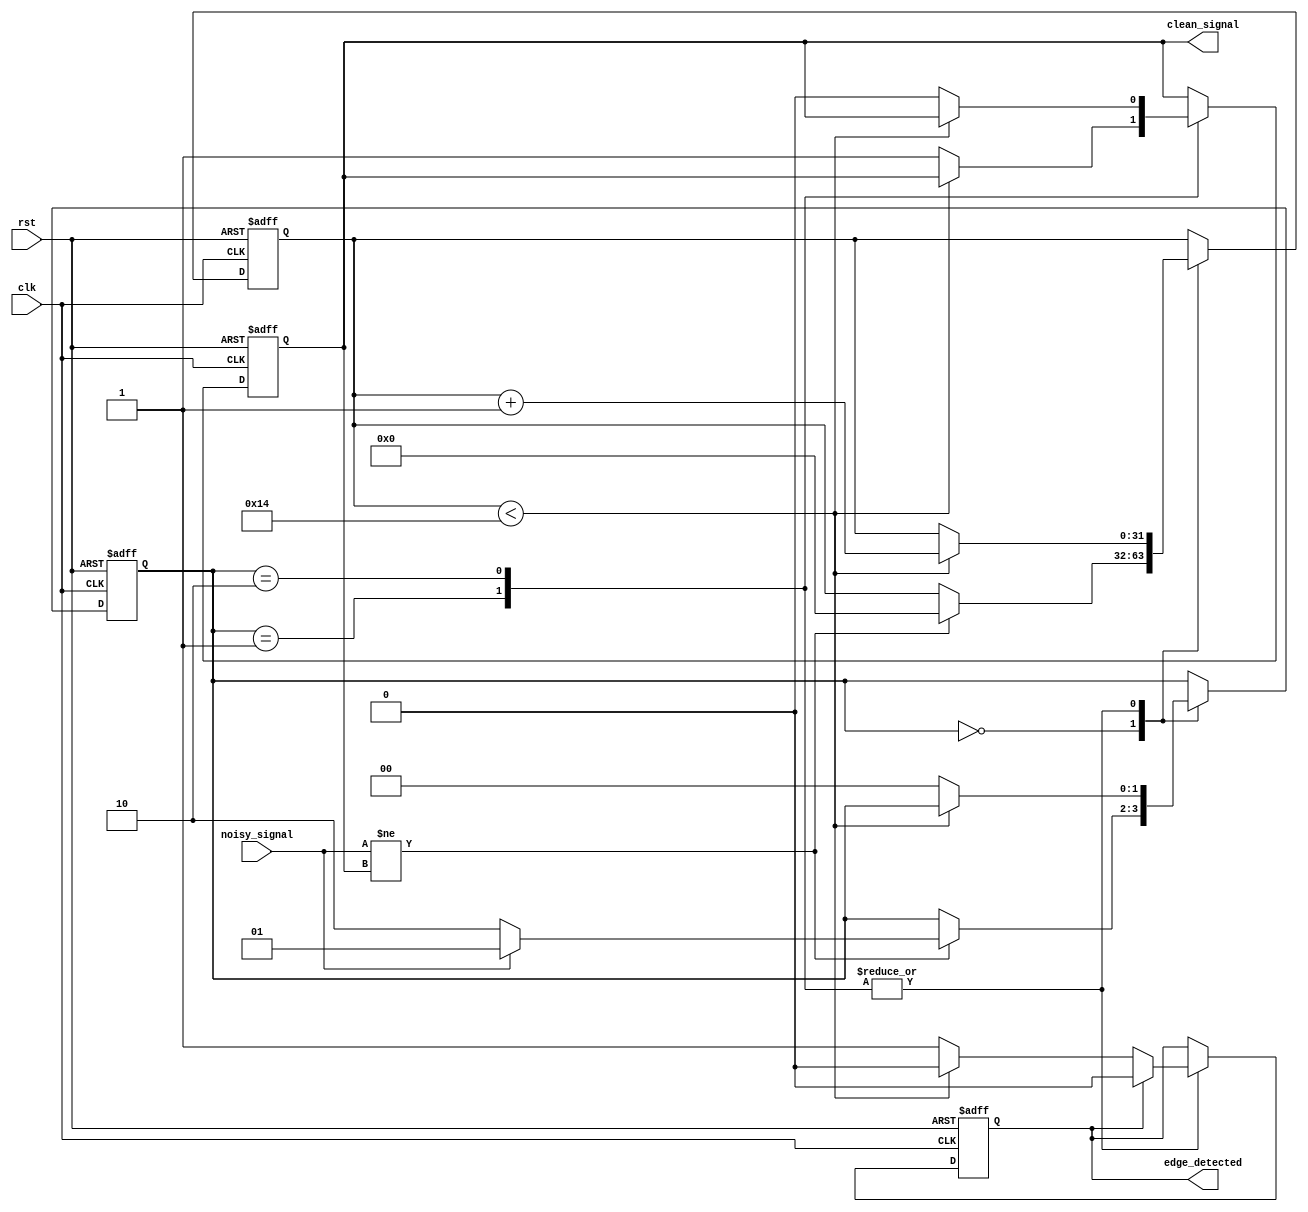
module DebouncedEdgeDetector (
    input wire clk,                // Clock input
    input wire rst,                // Reset input
    input wire noisy_signal,       // Noisy input signal
    output reg clean_signal,       // Clean debounced output signal
    output reg edge_detected       // Output to indicate edge detection
);

    // Parameters for debounce timing
    parameter DEBOUNCE_TIME = 20;  // Number of clock cycles for debounce

    // State registers
    reg [1:0] state;                // Current and previous state
    reg [31:0] debounce_counter;    // Counter for debounce timing

    // State encoding
    localparam IDLE = 2'b00;
    localparam STABLE_HIGH = 2'b01;
    localparam STABLE_LOW = 2'b10;

    // Initial values
    initial begin
        clean_signal = 0;
        edge_detected = 0;
        state = IDLE;
        debounce_counter = 0;
    end
    
    // State Machine and Counter Logic
    always @(posedge clk or posedge rst) begin
        if (rst) begin
            clean_signal <= 0;
            edge_detected <= 0;
            state <= IDLE;
            debounce_counter <= 0;
        end else begin
            case (state)
                IDLE: begin
                    if (noisy_signal != clean_signal) begin
                        // Start debouncing on signal change
                        debounce_counter <= 0;
                        if (noisy_signal) begin
                            state <= STABLE_HIGH;
                        end else begin
                            state <= STABLE_LOW;
                        end
                    end
                end
                
                STABLE_HIGH: begin
                    if (debounce_counter < DEBOUNCE_TIME) begin
                        debounce_counter <= debounce_counter + 1;
                    end else begin
                        clean_signal <= 1;  // Confirm high state
                        edge_detected <= 1; // Raise edge detected flag
                        state <= IDLE;      // Go back to idle state
                    end
                    // Reset edge_detected after one cycle
                    if (edge_detected) begin
                        edge_detected <= 0; // Reset edge detected flag after one cycle
                    end
                end
                
                STABLE_LOW: begin
                    if (debounce_counter < DEBOUNCE_TIME) begin
                        debounce_counter <= debounce_counter + 1;
                    end else begin
                        clean_signal <= 0;  // Confirm low state
                        edge_detected <= 1; // Raise edge detected flag
                        state <= IDLE;      // Go back to idle state
                    end
                    // Reset edge_detected after one cycle
                    if (edge_detected) begin
                        edge_detected <= 0; // Reset edge detected flag after one cycle
                    end
                end
            endcase
        end
    end
endmodule